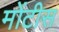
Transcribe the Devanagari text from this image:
मोंटीस